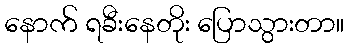
နောက် ရခီးနေတိုး ပြောသွားတာ။